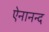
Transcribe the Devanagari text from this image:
ऐनानन्द